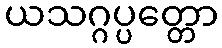
ယသဂ္ဂပ္ပတ္တော